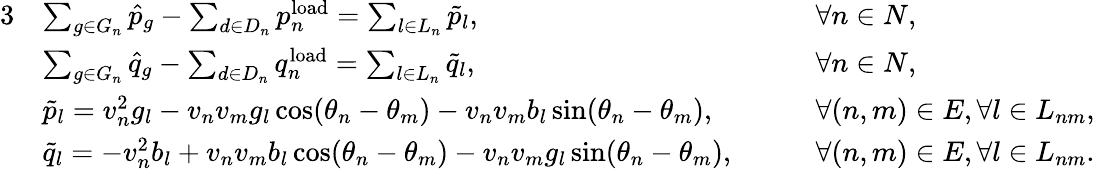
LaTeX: \begin{array}{rlrl}{{3}}&{\sum_{g\in G_{n}}\hat{p}_{g}-\sum_{d\in D_{n}}p_{n}^{\mathrm{load}}=\sum_{l\in L_{n}}\tilde{p}_{l},}&&{\quad\forall n\in N,}\\ &{\sum_{g\in G_{n}}\hat{q}_{g}-\sum_{d\in D_{n}}q_{n}^{\mathrm{load}}=\sum_{l\in L_{n}}\tilde{q}_{l},}&&{\quad\forall n\in N,}\\ &{\tilde{p}_{l}=v_{n}^{2}g_{l}-v_{n}v_{m}g_{l}\cos(\theta_{n}-\theta_{m})-v_{n}v_{m}b_{l}\sin(\theta_{n}-\theta_{m}),}&&{\quad\forall(n,m)\in E,\forall l\in L_{nm},}\\ &{\tilde{q}_{l}=-v_{n}^{2}b_{l}+v_{n}v_{m}b_{l}\cos(\theta_{n}-\theta_{m})-v_{n}v_{m}g_{l}\sin(\theta_{n}-\theta_{m}),}&&{\quad\forall(n,m)\in E,\forall l\in L_{nm}.}\end{array}